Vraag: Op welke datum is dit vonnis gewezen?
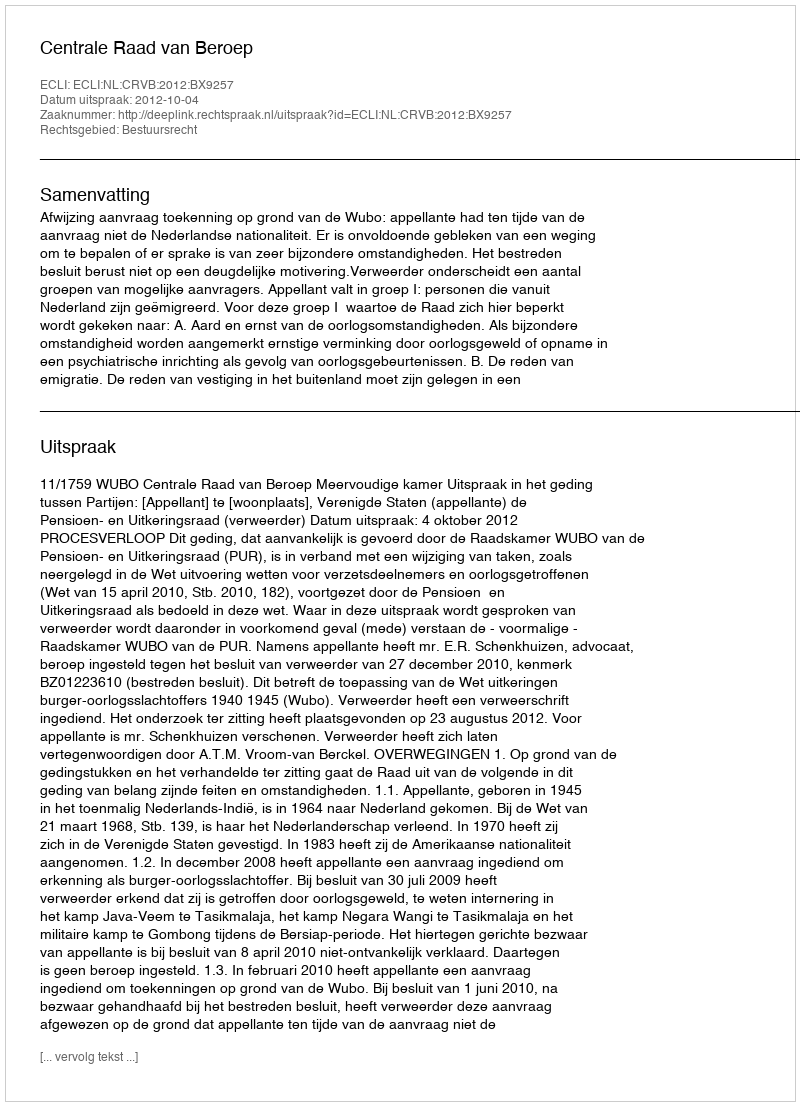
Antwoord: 2012-10-04